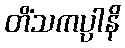
တိံသကပ္ပါနိ